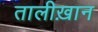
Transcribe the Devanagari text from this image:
तालीख़ान